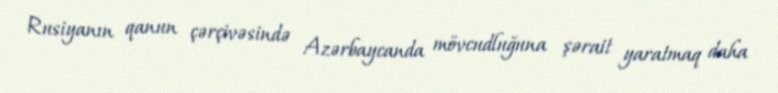
Rusiyanın qanun çərçivəsində Azərbaycanda mövcudluğuna şərait yaratmaq daha